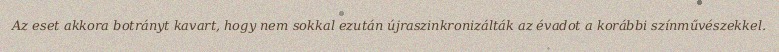
Az eset akkora botrányt kavart, hogy nem sokkal ezután újraszinkronizálták az évadot a korábbi színművészekkel.